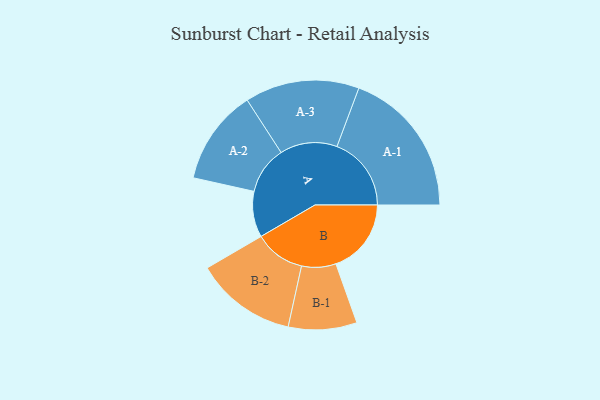
{"axis": {"x": "Segment", "y": "Value"}, "legend": ["", "A", "B"], "data": [{"x": "A", "y": 182, "type": ""}, {"x": "B", "y": 299, "type": ""}, {"x": "A-1", "y": 295, "type": "A"}, {"x": "A-2", "y": 189, "type": "A"}, {"x": "A-3", "y": 227, "type": "A"}, {"x": "B-1", "y": 136, "type": "B"}, {"x": "B-2", "y": 201, "type": "B"}]}